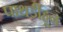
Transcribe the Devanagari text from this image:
पाथर्डीहून